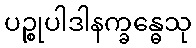
ပဉ္စုပါဒါနက္ခန္ဓေသု